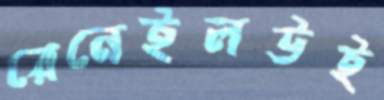
রেনেইলউই